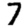
Digit: 7